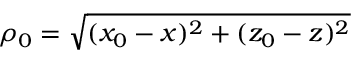
\rho _ { 0 } = \sqrt { ( x _ { 0 } - x ) ^ { 2 } + ( z _ { 0 } - z ) ^ { 2 } }